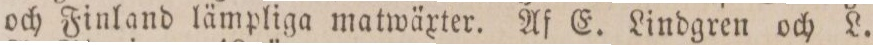
och Finland lämpliga matwäxter. Af E. Lindgren och L.